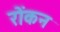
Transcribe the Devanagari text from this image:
रोंकन